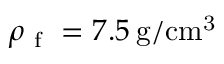
\rho _ { \mathrm { ~ f ~ } } = 7 . 5 \: \mathrm { g / c m ^ { 3 } }